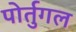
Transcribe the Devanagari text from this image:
पोर्तुगल